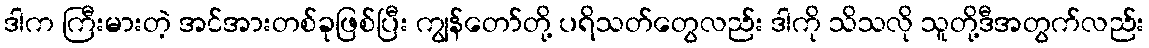
ဒါက ကြီးမားတဲ့ အင်အားတစ်ခုဖြစ်ပြီး ကျွန်တော်တို့ ပရိသတ်တွေလည်း ဒါကို သိသလို သူတို့ဒီအတွက်လည်း